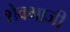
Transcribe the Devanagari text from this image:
शेवभाजी